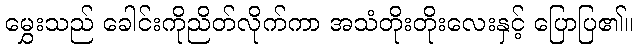
မွှေးသည် ခေါင်းကိုညိတ်လိုက်ကာ အသံတိုးတိုးလေးနှင့် ပြောပြ၏။